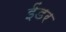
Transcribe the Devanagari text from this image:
ईंडर